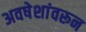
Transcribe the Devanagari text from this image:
अवषेशांवरून